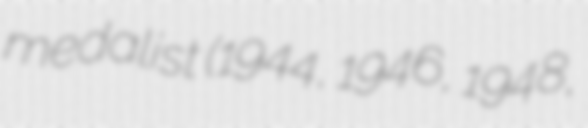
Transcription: medalist (1944, 1946, 1948,